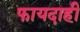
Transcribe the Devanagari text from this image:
फायदाही